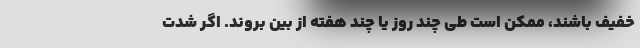
خفیف باشند، ممکن است طی چند روز یا چند هفته از بین بروند. اگر شدت